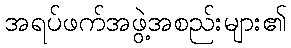
အရပ်ဖက်အဖွဲ့အစည်းများ၏